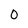
Character: 0